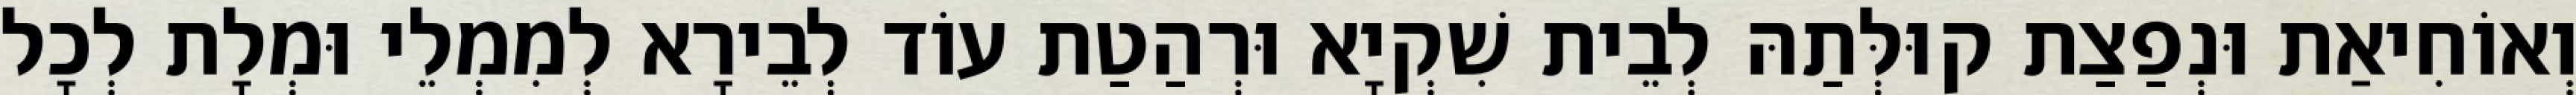
וְאוֹחִיאַת וּנְפַצַת קוּלְּתַהּ לְבֵית שִׁקְיָא וּרְהַטַת עוֹד לְבֵירָא לְמִמְלֵי וּמְלָת לְכָל